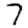
Digit: 7